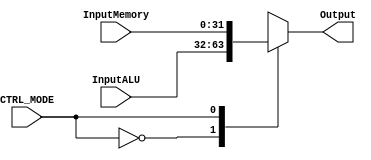
module Mux4(InputALU, InputMemory, CTRL_MODE, Output);
    input [31:0] InputALU, InputMemory;
    input CTRL_MODE;
    output reg [31:0] Output;

    always @(*) begin
        case(CTRL_MODE)
            0: Output = InputALU;
            1: Output = InputMemory;
        endcase
    end
endmodule